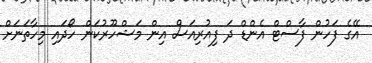
އޭގެ ފަހުން ފާސްޓް އެންޑް ދަ ފިއުރިއަސް އިން މަޝްހޫރުކަން ހޯދައި މިހާތަނަށް